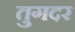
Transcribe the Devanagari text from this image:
तुगदर